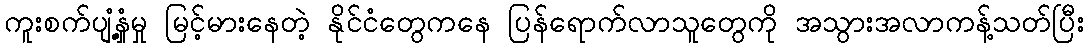
ကူးစက်ပျံ့နှံ့မှု မြင့်မားနေတဲ့ နိုင်ငံတွေကနေ ပြန်ရောက်လာသူတွေကို အသွားအလာကန့်သတ်ပြီး